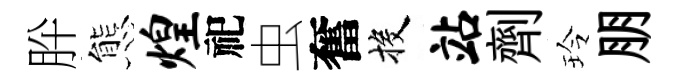
肸態煌祀虫奮投站劑玲朋